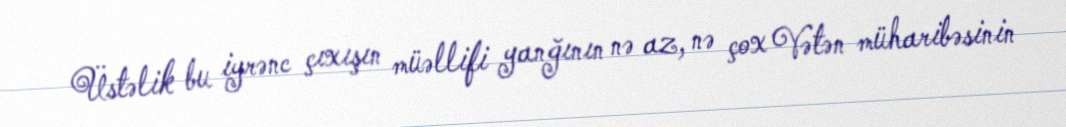
Üstəlik bu iyrənc çıxışın müəllifi yanğının nə az, nə çox Vətən müharibəsinin